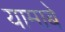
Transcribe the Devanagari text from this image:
यामाबे